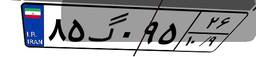
۰۰گ۶۸۷۹۷